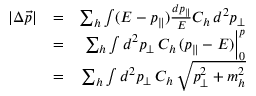
\begin{array} { r l r } { | \Delta \vec { p } | } & { = } & { \sum _ { h } \int ( E - p _ { \parallel } ) { \frac { d p _ { \parallel } } { E } } C _ { h } \, d ^ { 2 } p _ { \perp } } \\ & { = } & { \sum _ { h } \int d ^ { 2 } p _ { \perp } \, C _ { h } \, ( p _ { \parallel } - E ) \Big | _ { 0 } ^ { p } } \\ & { = } & { \sum _ { h } \int d ^ { 2 } p _ { \perp } \, C _ { h } \, \sqrt { p _ { \perp } ^ { 2 } + m _ { h } ^ { 2 } } } \end{array}